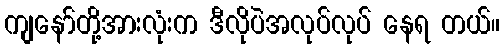
ကျနော်တို့အားလုံးက ဒီလိုပဲအလုပ်လုပ် နေရ တယ်။